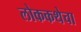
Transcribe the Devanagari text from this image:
लोककथेचा